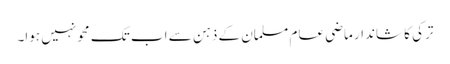
ترکی کا شاندار ماضی عام مسلمان کے ذہن سے اب تک محو نہیں ہوا۔